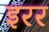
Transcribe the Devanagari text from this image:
इरर